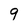
Character: 9